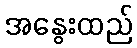
အနွေးထည်